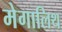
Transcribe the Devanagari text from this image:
मेगालिथ